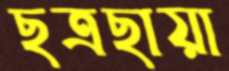
ছত্রছায়া